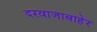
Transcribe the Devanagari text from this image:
दरवाजाबाहेर